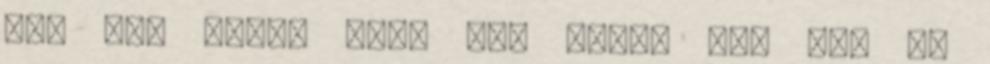
Ott Nem igaz, hogy nem látod Úgy néz ki